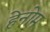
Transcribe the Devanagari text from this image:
हेनोम